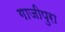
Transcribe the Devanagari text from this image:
गाजीपुरा